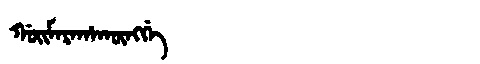
Manchu: ᡤᠣᡳᠮᠠᡵᠠᡥᠠᡴᡡᠩᡤᡝ
Romanization: GOIMARAHAKŪNGGE